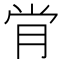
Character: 𫆙